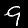
Label: 9